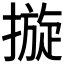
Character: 𢳄